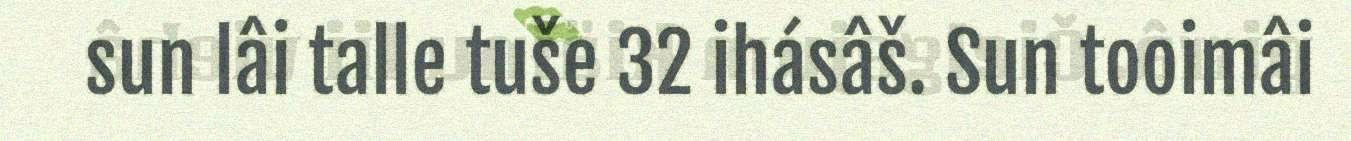
sun lâi talle tuše 32 ihásâš. Sun tooimâi